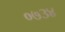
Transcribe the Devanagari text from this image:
०७३४